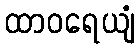
ထာဝရေယျံ